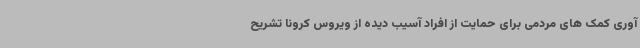
آوری کمک های مردمی برای حمایت از افراد آسیب دیده از ویروس کرونا تشریح